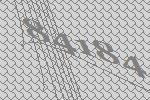
84184